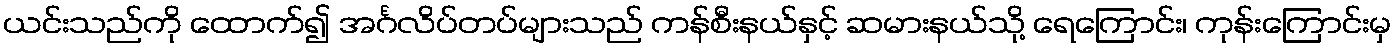
ယင်းသည်ကို ထောက်၍ အင်္ဂလိပ်တပ်များသည် ကန်စီးနယ်နှင့် ဆမားနယ်သို့ ရေကြောင်း၊ ကုန်းကြောင်းမှ